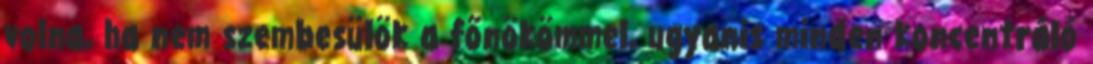
volna, ha nem szembesülök a főnökömmel, ugyanis minden koncentráló